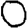
Digit: 0